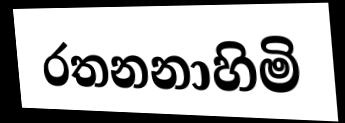
රතනනාහිමි